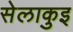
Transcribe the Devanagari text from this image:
सेलाकुइ